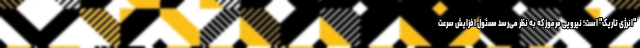
"انرژی تاریک" است؛ نیرویی مرموز که به نظر می‌رسد مسئول افزایش سرعت